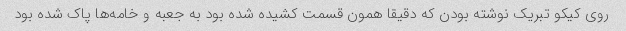
روی کیکو تبریک نوشته بودن که دقیقا همون قسمت کشیده شده بود به جعبه و خامه‌ها پاک شده بود